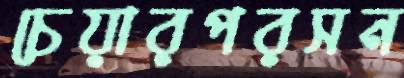
চেয়ারপরসন